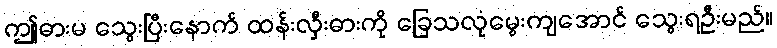
ဤဓားမ သွေးပြီးနောက် ထန်းလှီးဓားကို ခြေသလုံမွေးကျအောင် သွေးရဦးမည်။